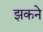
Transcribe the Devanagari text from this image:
झकने